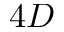
4 D